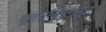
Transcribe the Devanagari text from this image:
सुवंततिङ्गन्त